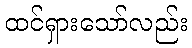
ထင်ရှားသော်လည်း